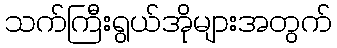
သက်ကြီးရွယ်အိုများအတွက်